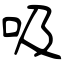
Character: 吸